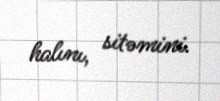
halını, sitəmini.